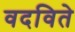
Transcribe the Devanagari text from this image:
वदविते